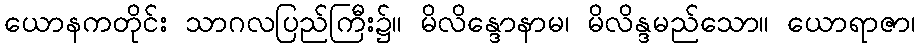
ယောနကတိုင်း သာဂလပြည်ကြီး၌။ မိလိန္ဒောနာမ၊ မိလိန္ဒမည်သော။ ယောရာဇာ၊